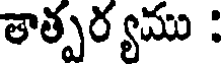
తాత్పర్యము :